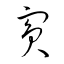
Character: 賓